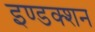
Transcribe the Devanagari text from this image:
इण्डक्शन